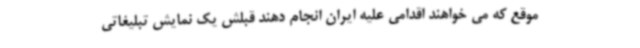
موقع که می خواهند اقدامی علیه ایران انجام دهند قبلش یک نمایش تبلیغاتی